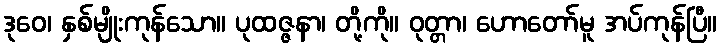
ဒုဝေ၊ နှစ်မျိုးကုန်သော။ ပုထဇ္ဇနာ၊ တို့ကို။ ဝုတ္တာ၊ ဟောတော်မူ အပ်ကုန်ပြီ။